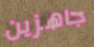
جاهزين